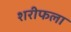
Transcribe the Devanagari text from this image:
शरीफला